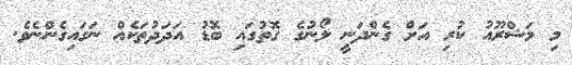
މި މަޝްރޫއު ކުރި އަށް ގެންދަނީ ލޯނުގެ ގޮތުގައި ބޮޑު އަދަދުތަކެއް ނަގައިގެންނެވެ.